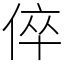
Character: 倅